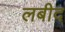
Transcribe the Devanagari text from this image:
लबीद